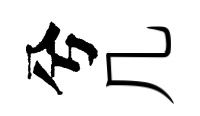
兮几